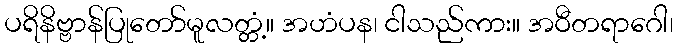
ပရိနိဗ္ဗာန်ပြုတော်မူလတ္တံ့။ အဟံပန၊ ငါသည်ကား။ အဝီတရာဂေါ၊